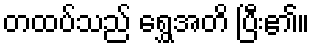
တထပ်သည် ရွှေအတိ ပြီး၏။